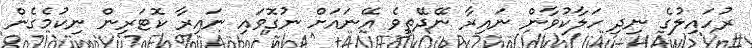
ރުހައިލުގެ ނިދި ހަލާކުވާން ނައިރާ ނޭދޭތީވެ އޭނައަށް ނުގޮވައި ނައިރާ ކޮޓަރިން ނިކުމެގެން